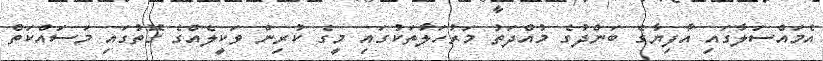
އެމައްސަލާގައި އާފިޔާގެ ބަންދުގެ މުއްދަތު މަރުހަލާތަކުގައި މީގެ ކުރިން ވަކީލެއްގެ ގޮތުގައި މަސައްކަތް